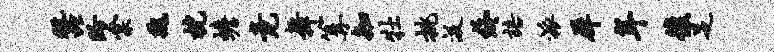
蚕盼棠魏枕蟾竟舞篝知牡挑汲终语派犀年后足